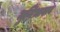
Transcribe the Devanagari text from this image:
मुनिभावत्व